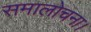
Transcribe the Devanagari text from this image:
समालोचना।